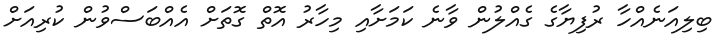
ބިލިއަނެއްހާ ރުފިޔާގެ ގެއްލުން ވާނެ ކަމަށާއި މިހާރު އޮތް ގޮތަށް އެއްބަސްވުން ކުރިއަށް